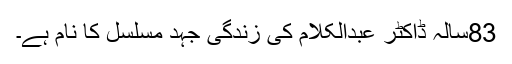
83سالہ ڈاکٹر عبدالکلام کی زندگی جہد مسلسل کا نام ہے۔